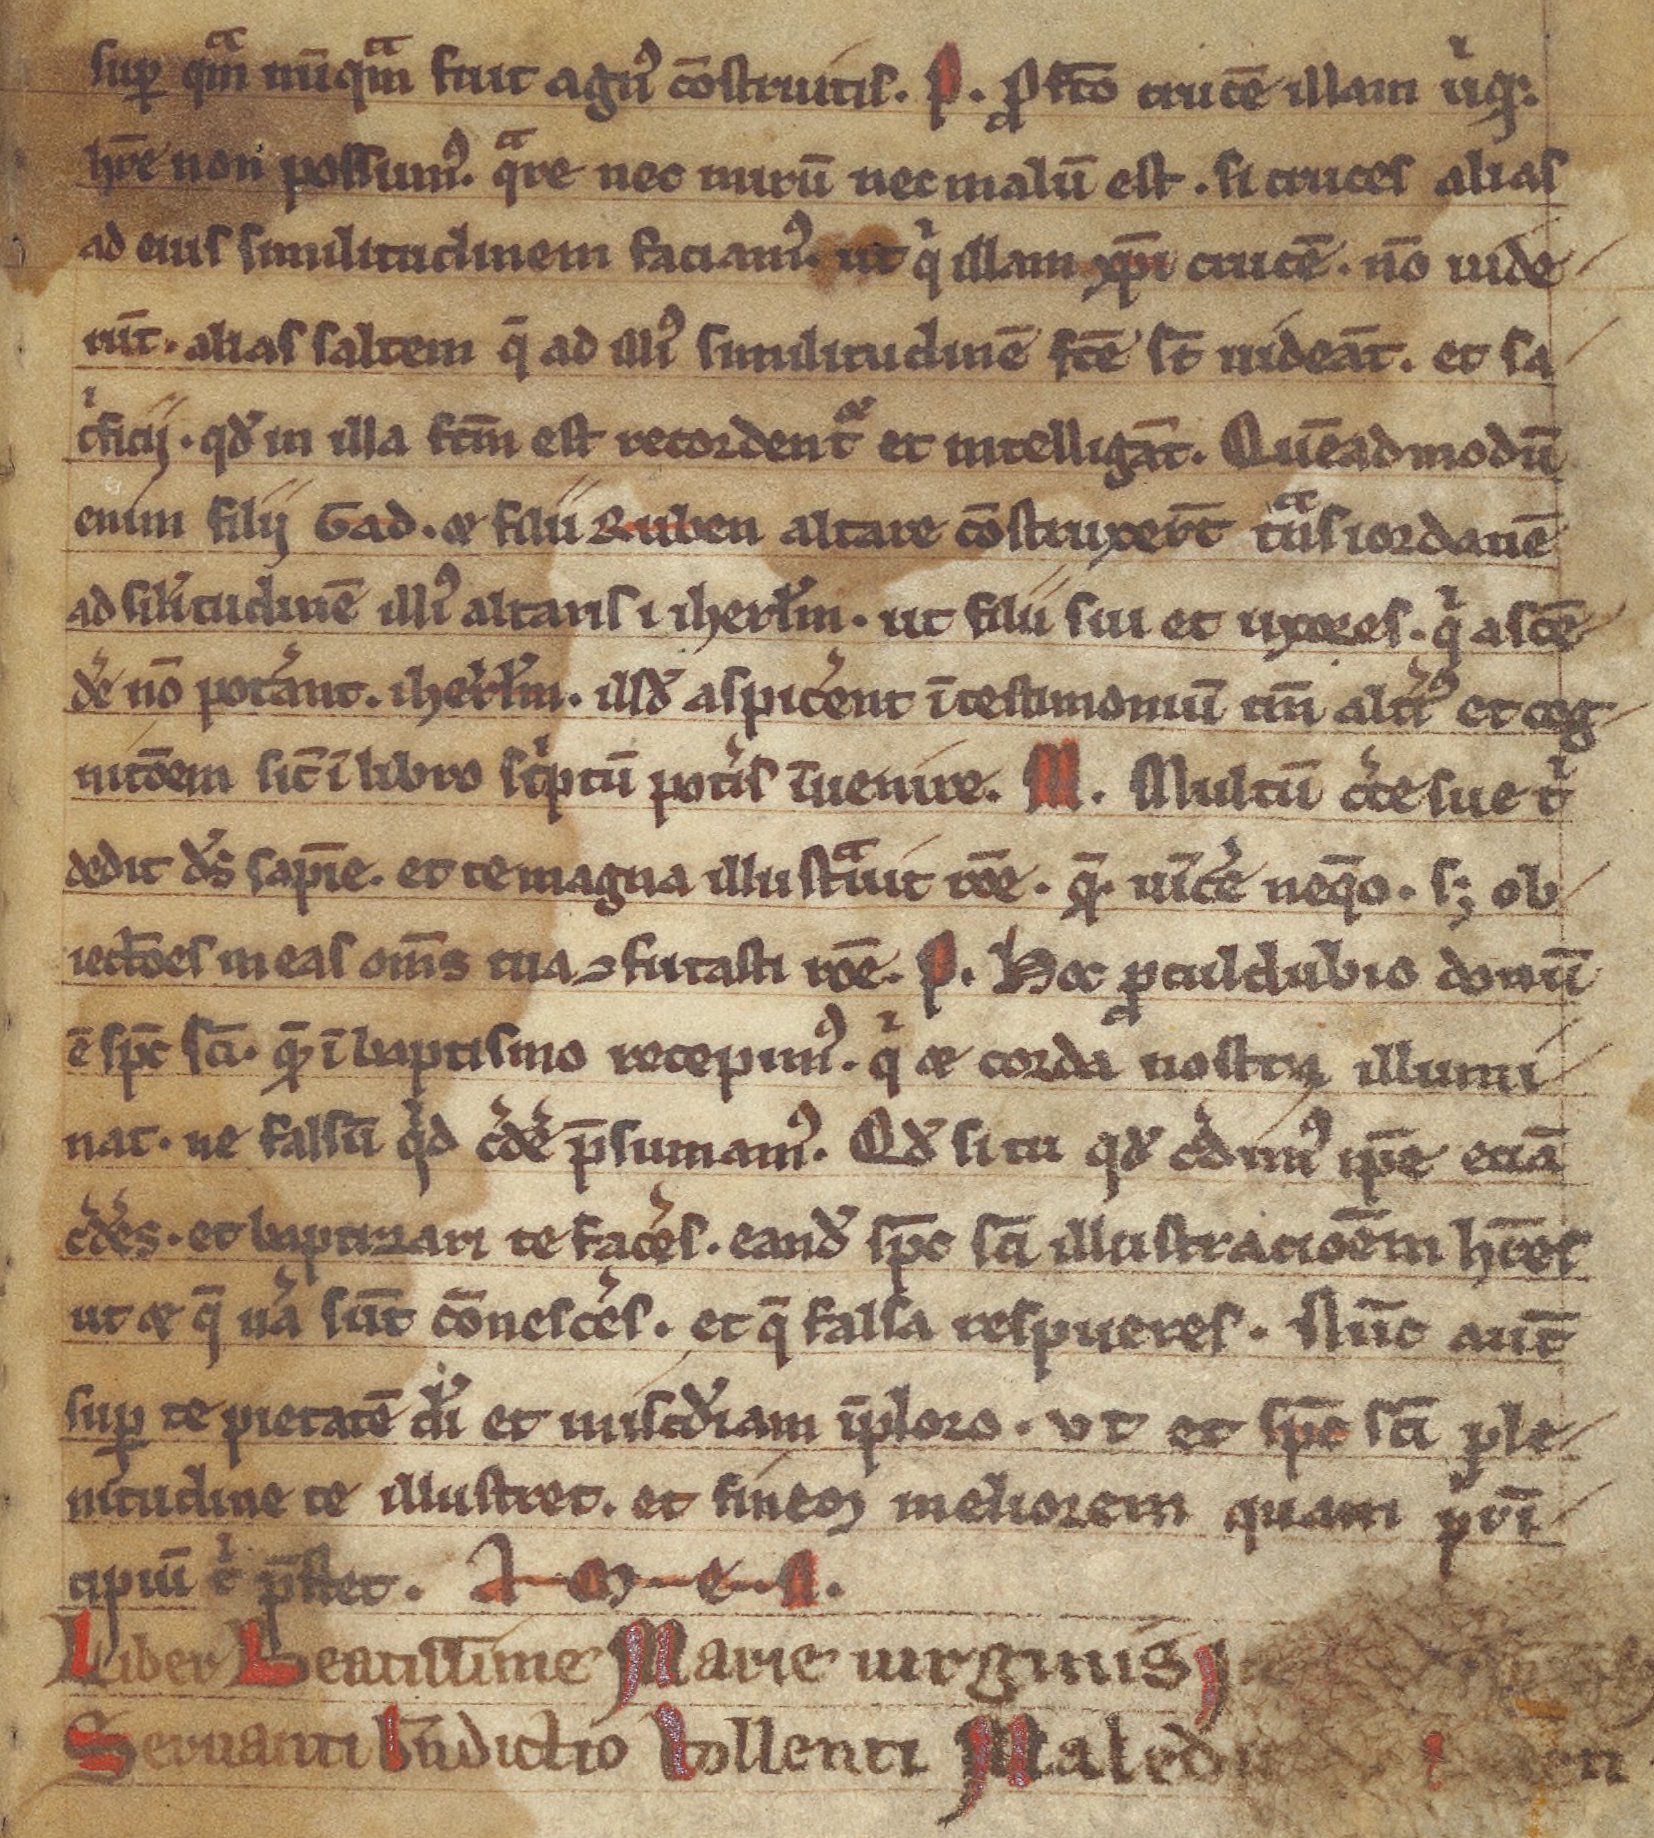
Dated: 1200–1299